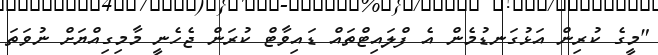
"މީގެ ކުރިން އަޅުގަނޑުމެން އެ ފްލައިޓްތައް ޑައިވާޓް ކުރަން ޖެހެނީ މާމިގިއްޔަށް ނުވަތަ